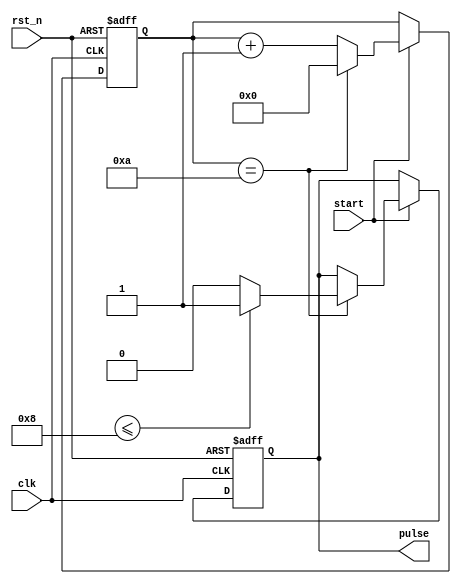
module duty_cycle_pulse_generator (
    input clk,
    input rst_n,
    input start,
    output reg pulse
);

parameter DIV_FACTOR = 10;
reg [31:0] counter;
reg [3:0] duty_cycle;

always @ (posedge clk or negedge rst_n) begin
    if (~rst_n) begin
        counter <= 0;
        pulse <= 0;
    end else begin
        if (start) begin
            counter <= counter + 1;
            if (counter == DIV_FACTOR) begin
                counter <= 0;
                pulse <= (duty_cycle <= 4'b1000) ? 1 : 0; // Duty cycle is set to 25%
            end
        end
    end
end

endmodule